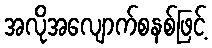
အလိုအလျောက်စနစ်ဖြင့်